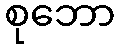
စုဘော